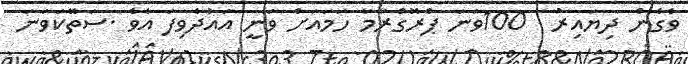
ވެގެން ދިޔައިރު  100ވަނަ ޕްރޮގްރާމާ ހަމައަށް ވަނީ އައުދެވިފަ އެވެ .ސަތޭކަވަނަ